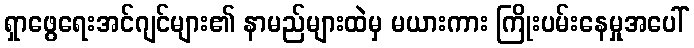
ရှာဖွေရေးအင်ဂျင်များ၏ နာမည်များထဲမှ မယားကား ကြိုးပမ်းနေမှုအပေါ်